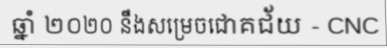
ឆ្នាំ ២០២០ នឹងសម្រេចជោគជ័យ - CNC